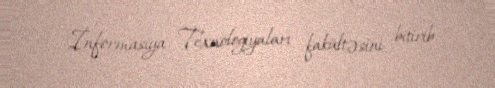
İnformasiya Texnologiyaları fakültəsini bitirib.